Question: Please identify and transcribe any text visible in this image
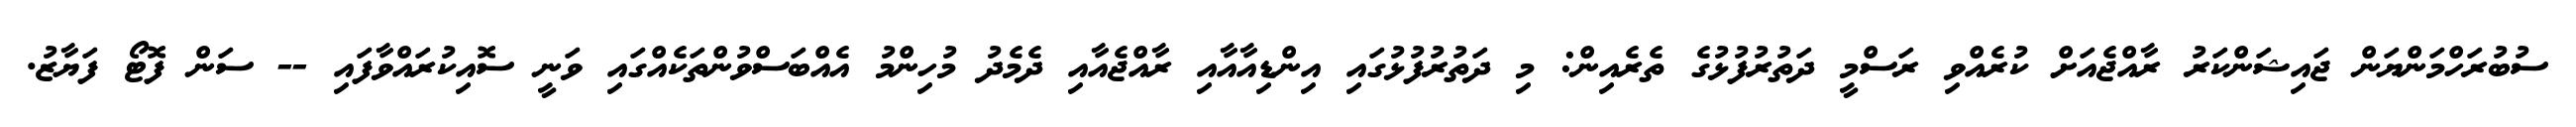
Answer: ސުބުރަހްމަންޔަން ޖައިޝަންކަރު ރާއްޖެއަށް ކުރެއްވި ރަސްމީ ދަތުރުފުޅުގެ ތެރެއިން: މި ދަތުރުފުޅުގައި އިންޑިއާއާއި ރާއްޖެއާއި ދެމެދު މުހިންމު އެއްބަސްވުންތަކެއްގައި ވަނީ ސޮއިކުރައްވާފައި -- ސަން ފޮޓޯ ފަޔާޒު.